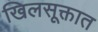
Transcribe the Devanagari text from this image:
खिलसूक्तात